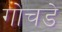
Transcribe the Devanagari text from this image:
गोचडे